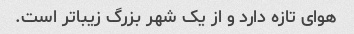
هوای تازه دارد و از یک شهر بزرگ زیباتر است.